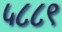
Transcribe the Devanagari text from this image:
५८८९